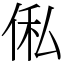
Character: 俬